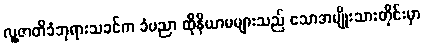
လူ့ဇာတိခံဘုရားသခင်က ခံပညာ ထိုနိယာမများသည် သောအမျိုးသားတိုင်းမှာ